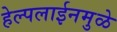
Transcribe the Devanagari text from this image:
हेल्पलाईनमुळे